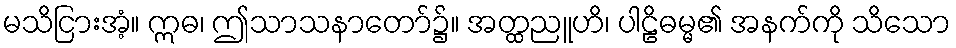
မသိငြားအံ့။ ဣဓ၊ ဤသာသနာတော်၌။ အတ္ထညူဟိ၊ ပါဠိဓမ္မ၏ အနက်ကို သိသော